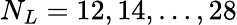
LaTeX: N_{L}=12,14,\ldots,28